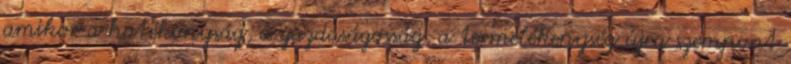
amikor a hatékonyság, a gazdaságosság, a termelékenység újra szempont